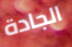
الجادة